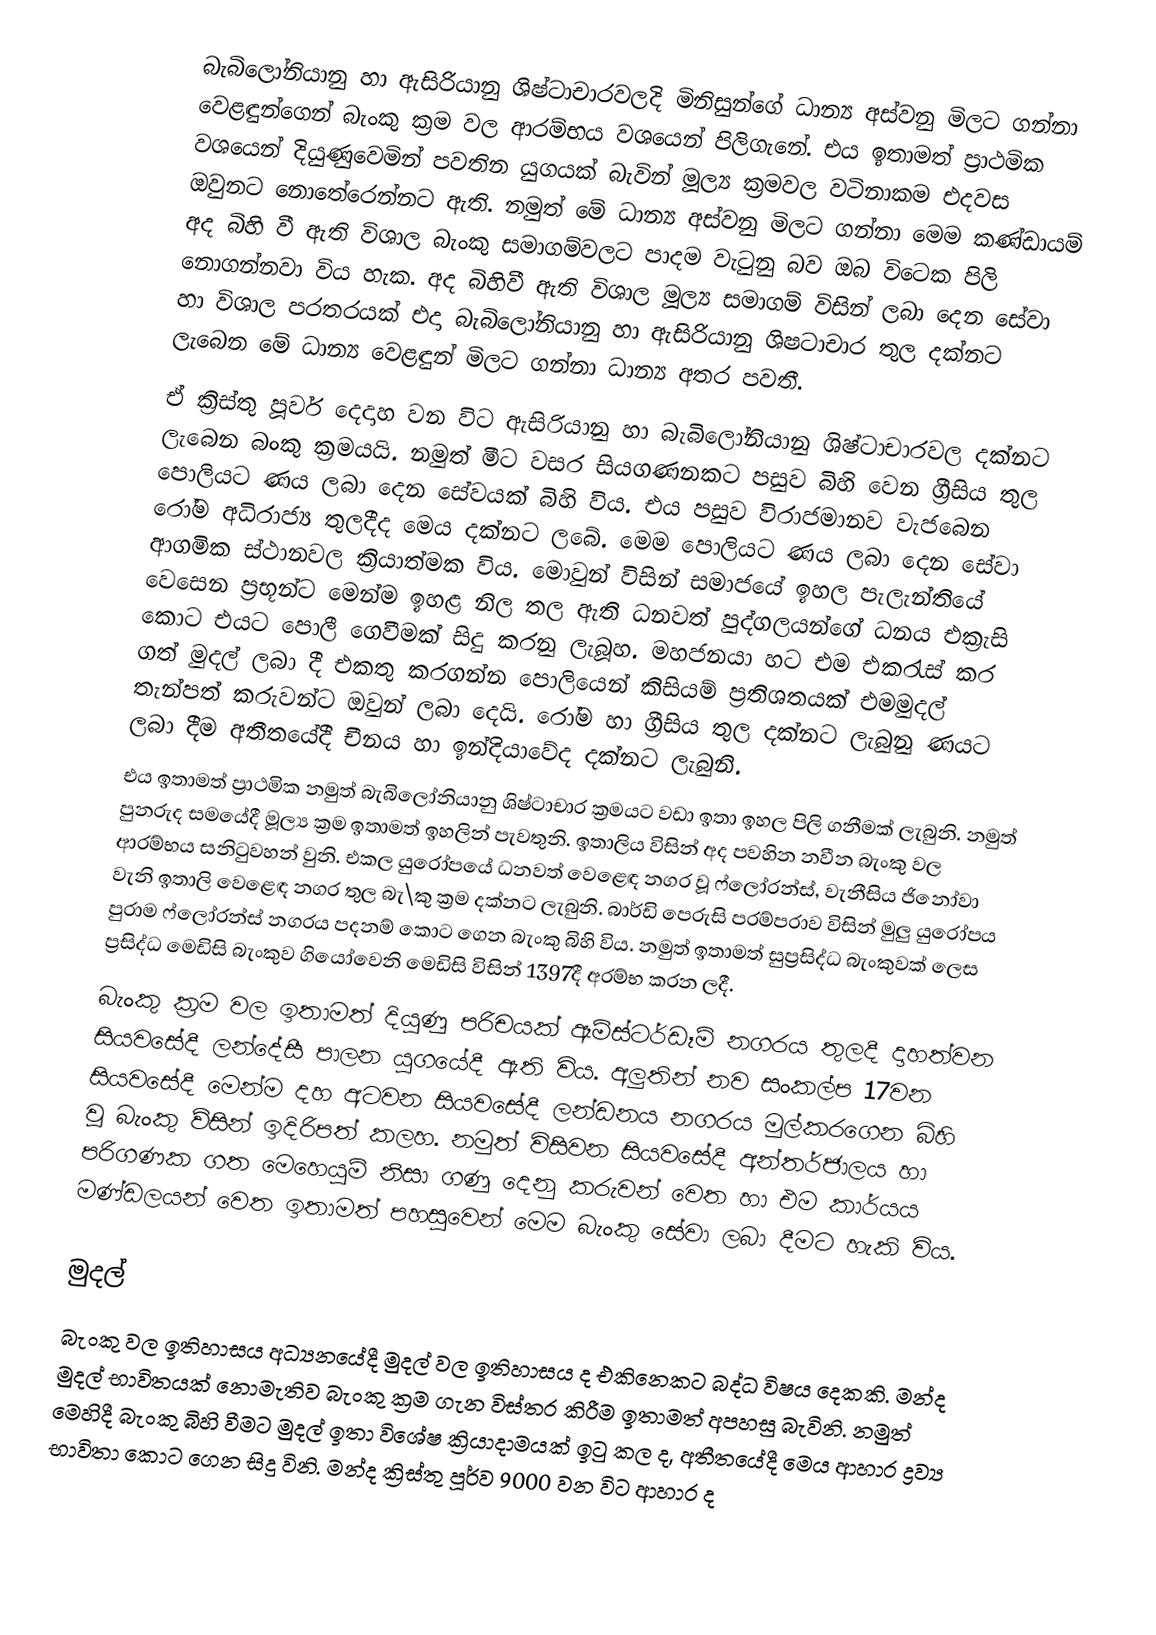
බැබිලෝනියානු හා ඇසිරියානු ශිෂ්ටාචාරවලදි මිනිසුන්ගේ ධාන්‍ය අස්වනු මිලට ගන්නා වෙළඳුන්ගෙන් බැංකු ක්‍රම වල ආරම්භය වශයෙන් පිලිගැනේ. එය ඉතාමත් ප්‍රාථමික වශයෙන් දියුණුවෙමින් පවතින යුගයක් බැවින් මූල්‍ය ක්‍රමවල වටිනාකම එදවස ඔවුනට නොතේරෙන්නට ඇති. නමුත් මේ ධාන්‍ය අස්වනු මිලට ගන්නා මෙම කණ්ඩායම් අද බිහි වී ඇති විශාල බැංකු සමාගම්වලට පාදම වැටුනු බව ඔබ විටෙක පිලි නොගන්නවා විය හැක. අද බිහිවී ඇති විශාල මූල්‍ය සමාගම් විසින් ලබා දෙන සේවා හා විශාල පරතරයක් එදා බැබිලෝනියානු හා ඇසිරියානු ශිෂටාචාර තුල දක්නට ලැබෙන මේ ධාන්‍ය වෙළඳුන් මිලට ගන්නා ධාන්‍ය අතර පවතී.
ඒ ක්‍රිස්තු පූර්ව දෙදාහ වන විට ඇසිරියානු හා බැබිලෝනියානු ශිෂ්ටාචාරවල දක්නට ලැබෙන බංකු ක්‍රමයයි. නමුත් මීට වසර සියගණනකට පසුව බිහි වෙන ග්‍රීසිය තුල පොලියට ණය ලබා දෙන සේවයක් බිහි විය. එය පසුව විරාජමානව වැජබෙන රෝම අධිරාජ්‍ය තුලදීද මෙය දක්නට ලබේ. මෙම පොලියට ණය ලබා දෙන සේවා ආගමික ස්ථානවල ක්‍රියාත්මක විය. මොවුන් විසින් සමාජයේ ඉහල පැලැන්තියේ වෙසෙන ප්‍රභූන්ට මෙන්ම ඉහළ නිල තල ඇති ධනවත් පුද්ගලයන්ගේ ධනය එක්‍රැසි කොට එයට පොලී ගෙවීමක් සිදු කරනු ලැබූහ. මහජනයා හට එම එකරැස් කර ගත් මුදල් ලබා දී එකතු කරගන්න පොලියෙන් කිසියම් ප්‍රතිශතයක් එමමුදල් තැන්පත් කරුවන්ට ඔවුන් ලබා දෙයි. රෝම හා ග්‍රීසිය තුල දක්නට ලැබුනු ණයට ලබා දීම අතීතයේදී චීනය හා ඉන්දියාවේද දක්නට ලැබුනි.
එය ඉතාමත් ප්‍රාථමික නමුත් බැබිලෝනියානු ශිෂ්ටාචාර ක්‍රමයට වඩා ඉතා ඉහල පිලි ගනීමක් ලැබුනි. නමුත් පුනරුද සමයේදී මූල්‍ය ක්‍රම ඉතාමත් ඉහලින් පැවතුනි. ඉතාලිය විසින් අද පවහින නවීන බැංකු වල ආරම්භය සනිටුවහන් වුනි. එකල යුරෝපයේ ධනවත් වෙළෙඳ නගර වූ ෆ්ලෝරන්ස්, වැනීසිය ජිනෝවා වැනි ඉතාලි වෙළෙඳ නගර තුල බැ\කු ක්‍රම දක්නට ලැබුනි. බාර්ඩි පෙරුසි පරම්පරාව විසින් මුලු යුරෝපය පුරාම ෆ්ලෝරන්ස් නගරය පදනම් කොට ගෙන බැංකු බිහි විය. නමුත් ඉතාමත් සුප්‍රසිද්ධ බැංකුවක් ලෙස ප්‍රසිද්ධ මෙඩිසි බැංකුව ගියෝවෙනි මෙඩිසි විසින් 1397දී අරම්භ කරන ලදී.
බැංකු ක්‍රම වල ඉතාමත් දියුණු පරිචයක් ඈම්ස්ටර්ඩෑම් නගරය තුලදී දාහත්වන සියවසේදී ලන්දේසී පාලන යුගයේදී ඇති විය. අලුතින් නව සංකල්ප 17වන සියවසේදී මෙන්ම දහ අටවන සියවසේදී ලන්ඩනය  නගරය මුල්කරගෙන බිහි වූ බැංකු ව්සින් ඉදිරිපත් කලහ. නමුත් විසිවන සියවසේදී අන්තර්ජාලය හා පරිගණක ගත මෙහෙයුම් නිසා ගණු දෙනු කරුවන් වෙත හා එම කාර්යය මණ්ඩලයන් වෙත ඉතාමත් පහසුවෙන් මෙම බැංකු සේවා ලබා දීමට හැකි විය.

මුදල්
බැංකු වල ඉතිහාසය අධ්‍යනයේදී මුදල් වල ඉතිහාසය ද එකිනෙකට බද්ධ විෂය දෙකකි. මන්ද මුදල් භාවිතයක් නොමැතිව බැංකු ක්‍රම ගැන විස්තර කිරීම ඉතාමත් අපහසු බැවිනි. නමුත් මෙහිදී බැංකු බිහි වීමට මුදල් ඉතා විශේෂ ක්‍රියාදාමයක් ඉටු කල ද, අතීතයේදී මෙය ආහාර ද්‍රව්‍ය භාවිතා කොට ගෙන සිදු විනි. මන්ද ක්‍රිස්තු පූර්ව 9000 වන විට ආහාර ද